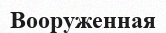
Вооруженная